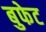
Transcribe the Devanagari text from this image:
बुफेट